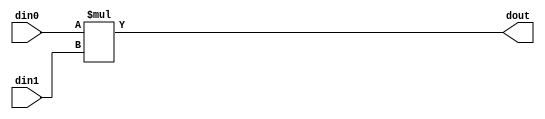
// 67d7842dbbe25473c3c32b93c0da8047785f30d78e8a024de1b57352245f9689
// ==============================================================
// Vitis HLS - High-Level Synthesis from C, C++ and OpenCL v2020.2 (64-bit)
// Copyright 1986-2020 Xilinx, Inc. All Rights Reserved.
// ==============================================================

`timescale 1 ns / 1 ps

module data_redir_m_mul_9s_9s_16_1_1(din0, din1, dout);
parameter ID = 1;
parameter NUM_STAGE = 0;
parameter din0_WIDTH = 14;
parameter din1_WIDTH = 12;
parameter dout_WIDTH = 26;
input [din0_WIDTH - 1 : 0] din0;
input [din1_WIDTH - 1 : 0] din1;
output [dout_WIDTH - 1 : 0] dout;

assign dout = $signed(din0) * $signed(din1);
endmodule